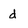
Character: d